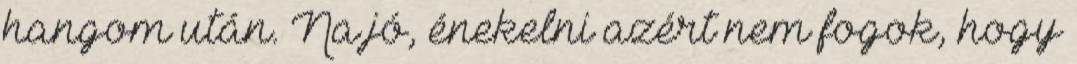
hangom után. Na jó, énekelni azért nem fogok, hogy